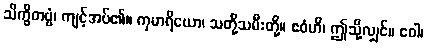
သိက္ခိတဗ္ဗံ၊ ကျင့်အပ်၏။ ကုမာရိယော၊ သတို့သမီးတို့။ ဧဝံဟိ၊ ဤသို့လျှင်။ ဝေါ၊